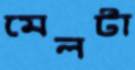
মেলটা